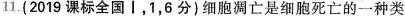
11.(2019课标全国Ⅰ，1，6分)细胞凋亡是细胞死亡的一种类